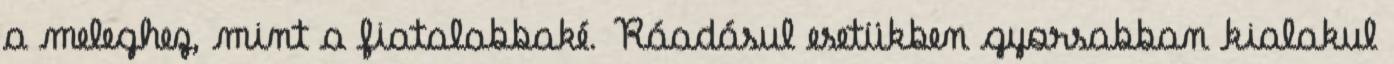
a meleghez, mint a fiatalabbaké. Ráadásul esetükben gyorsabban kialakul